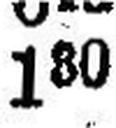
180